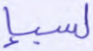
لسبإ